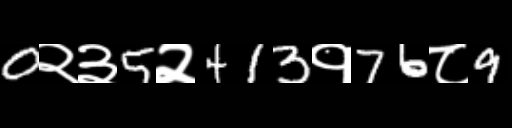
Text: 0२३5२413१76८9